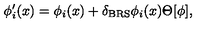
\phi _ { i } ^ { \prime } ( x ) = \phi _ { i } ( x ) + \delta _ { \mathrm { B R S } } \phi _ { i } ( x ) \Theta [ \phi ] ,